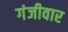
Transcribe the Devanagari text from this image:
गंजीवार